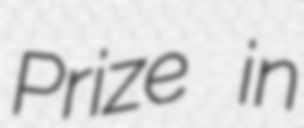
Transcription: Prize in